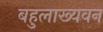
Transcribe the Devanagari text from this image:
बहुलाख्यवन